Insane asylums Bombay 1873-77 - 1873-1877
Year: 1873
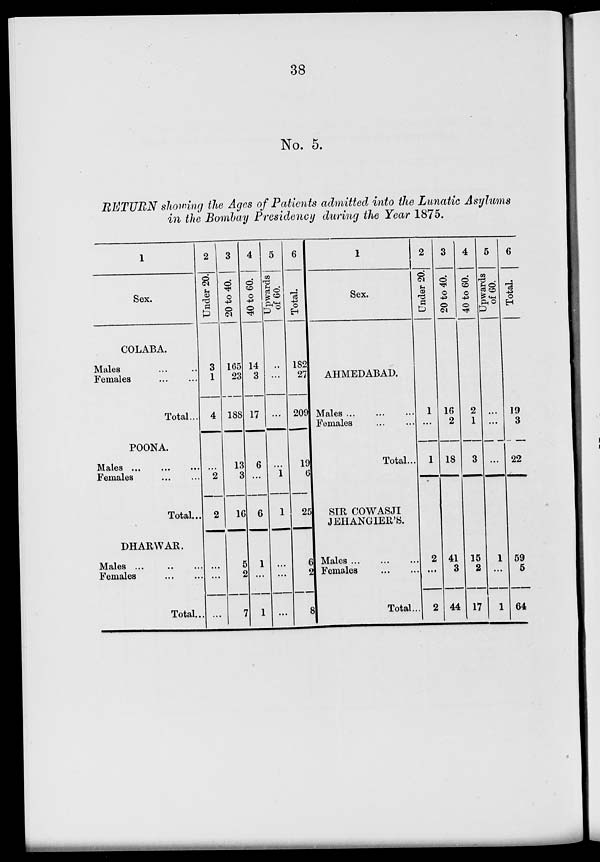
38
No. 5.
RETURN showing the Ages of Patients admitted into the Lunatic Asylums
in the Bombay Presidency during the Year 1875.
1
Sex.
COLABA.
Males ... ...
Females
...
...
Total ...
POONA.
Males
...
...
Females
...
...
Total...
DHARWAR.
Males
...
...
Females
...
...
Total...
2
Under 20.
3
1
4
...
2
2
...
...
...
3
20 to 40.
165
23
188
13
3
16
5
2
7
4
40 to 60.
14
3
17
6
...
6
1
...
1
5
Upwards
of 60.
...
...
...
...
1
1
...
...
...
6
Total.
182
27
209
19
6
25
6
2
8
1
Sex.
AHMEDABAD.
Males
...
...
..
Females ... ..
Total...
SIR COWASJI
JEHANGIER'S.
Males ... ... ...
Females
...
..
Total...
2
Under 20.
1
...
1
2
...
2
3
20 to 40.
16
2
18
41
3
44
4
40 to 60.
2
1
3
15
2
17
5
Upwards
of 60.
...
...
...
1
...
1
6
Total.
19
3
22
59
5
64